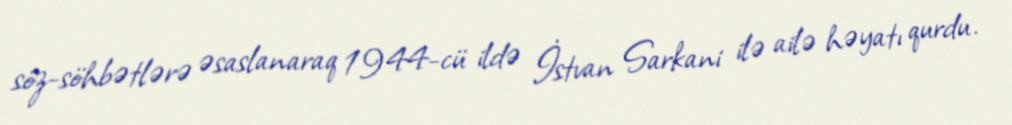
söz-söhbətlərə əsaslanaraq 1944-cü ildə İstvan Sarkani ilə ailə həyatı qurdu.